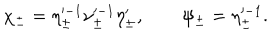
\chi _ { \pm } = \eta _ { \pm } ^ { \prime - 1 } \nu _ { \pm } ^ { \prime - 1 } \eta _ { \pm } ^ { \prime } , \qquad \psi _ { \pm } = \eta _ { \pm } ^ { \prime - 1 } .